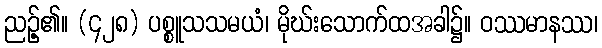
ညဉ့်၏။ (၄၂၈) ပစ္စူသသမယံ၊ မိုဃ်းသောက်ထအခါ၌။ ဝဿမာနဿ၊